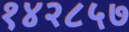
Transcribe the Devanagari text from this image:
१४२८५७